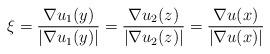
LaTeX: \begin{align*}\xi=\frac{\nabla u_1(y)}{|\nabla u_1(y)|}=\frac{\nabla u_2(z)}{|\nabla u_2 (z)|}=\frac{\nabla u(x)}{|\nabla u(x)|}\end{align*}